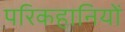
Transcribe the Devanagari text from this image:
परिकहानियों